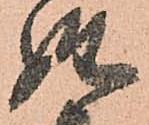
姓